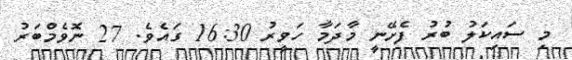
މި ސައިކަލު ބުރު ފެށޭނީ މާދަމާ ހަވީރު 16:30 ގައެވެ. 27 ނޮވެމްބަރު